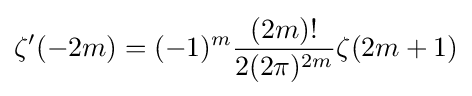
\zeta '(-2m)=(-1)^{m}{\frac {(2m)!}{2(2\pi )^{2m}}}\zeta (2m+1)